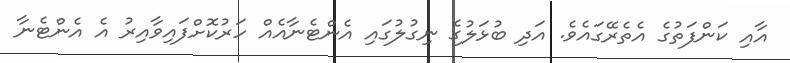
އާއި ކަންފަތުގެ އެތެރޭގައެވެ. އަދި ބުޅަލުގެ ނިގުލުގައި އެންޓެނާއެއް ހަރުކޮށްފައިވާއިރު އެ އެންޓެނާ